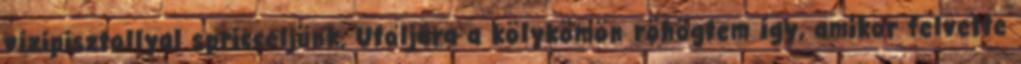
vízipisztollyal spricceljünk. Utoljára a kölykömön röhögtem így, amikor felvette